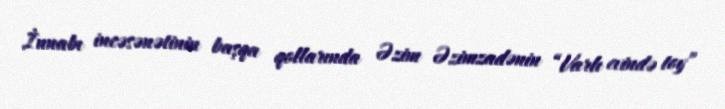
İnnabı incəsənətinin başqa qollarında Əzim Əzimzadənin “Varlı evində toy”